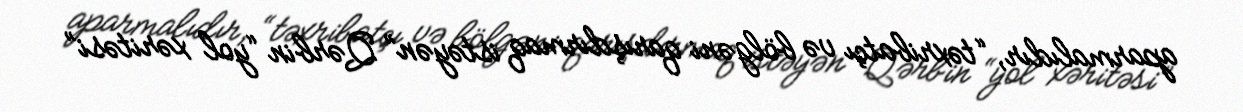
aparmalıdır, “təxribatçı və bölgəni qarışdırmaq istəyən” Qərbin “yol xəritəsi”